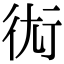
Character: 𧗢